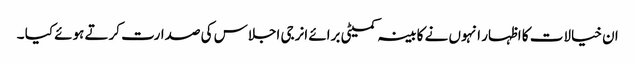
ان خیالات کا اظہار انہوں نے کابینہ کمیٹی برائے انرجی اجلاس کی صدارت کرتے ہوئے کیا ۔